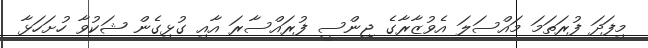
މިފަދަ ފުރަތަމަ މައްސަލަ އެވުޒާރާގެ ޖިންސީ ފުރައްސާރަ އާއި ގުޅިގެން ޝަކުވާ ހުށަހަޅާ